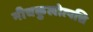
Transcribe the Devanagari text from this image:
नीचकुलोत्पत्ति